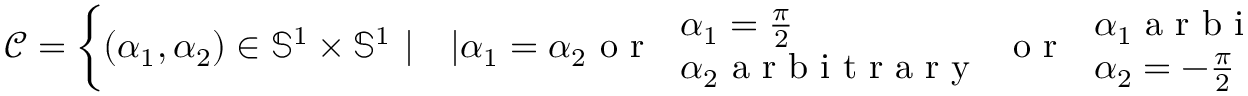
\mathcal { C } = \left\{ ( \alpha _ { 1 } , \alpha _ { 2 } ) \in \mathbb { S } ^ { 1 } \times \mathbb { S } ^ { 1 } \ | \quad | \alpha _ { 1 } = \alpha _ { 2 } \mathrm { ~ o ~ r ~ } \ \begin{array} { l } { \! \alpha _ { 1 } = \frac { \pi } { 2 } } \\ { \! \alpha _ { 2 } \mathrm { ~ a ~ r ~ b ~ i ~ t ~ r ~ a ~ r ~ y ~ } } \end{array} \mathrm { ~ o ~ r ~ } \ \begin{array} { l } { \! \alpha _ { 1 } \mathrm { ~ a ~ r ~ b ~ i ~ t ~ r ~ a ~ r ~ y ~ } } \\ { \! \alpha _ { 2 } = - \frac { \pi } { 2 } } \end{array} \right\}